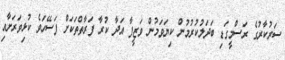
ސަރުކާރުގެ ރަސްމީގަޑި ބަދަލުކުރުމުން ކިޔަވަމުން ވަޒީފާ އަދާ ކުރާ ފަރާތްތަކަށް ފަސޭހަވެ ކުޅިވަރަށާއި